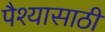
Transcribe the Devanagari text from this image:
पैश्यासाठी